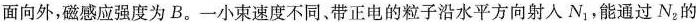
面向外，磁感应强度为B。一小速度不同。带正电的粒子沿水平方向射入N_{